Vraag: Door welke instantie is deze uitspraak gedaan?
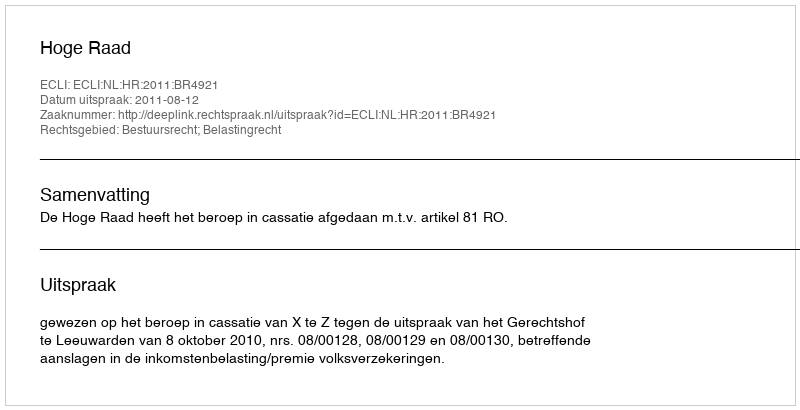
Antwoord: Hoge Raad